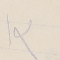
١٣